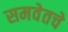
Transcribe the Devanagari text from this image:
समवेतचे